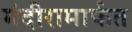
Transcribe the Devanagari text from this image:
मंदीरामार्फत